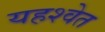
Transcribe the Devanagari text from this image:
यहश्वेत